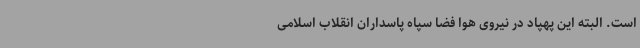
است. البته این پهپاد در نیروی هوا فضا سپاه پاسداران انقلاب اسلامی